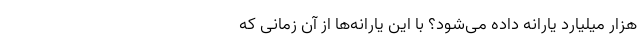
هزار میلیارد یارانه داده می‌شود؟ با این یارانه‌ها از آن زمانی که